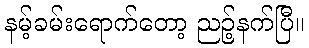
နမ့်ခမ်းရောက်တော့ ညဉ့်နက်ပြီ။